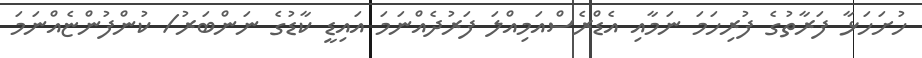
ހުށަހަޅާ ފަރާތުގެ ފުރިހަމަ ނަމާއި އެޑްރެސްއަމިއްލަ ފަރުދެއްނަމަ އައިޑީ ކާޑުގެ ނަންބަރު/ ކުންފުންޏެއްނަމަ